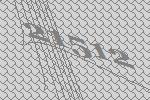
21512